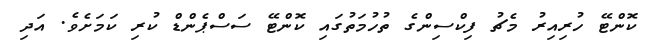
ކޮންޓޭ ހުރިިއިރު މެޗު ފިކްސިންގެ ތުހުމަތުގައި ކޮންޓޭ ސަސްޕެންޑް ކުރި ކަމަށެވެ. އަދި